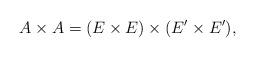
LaTeX: \begin{align*}A \times A = (E \times E) \times (E'\times E'),\end{align*}